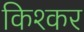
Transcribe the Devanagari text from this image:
किश्कर